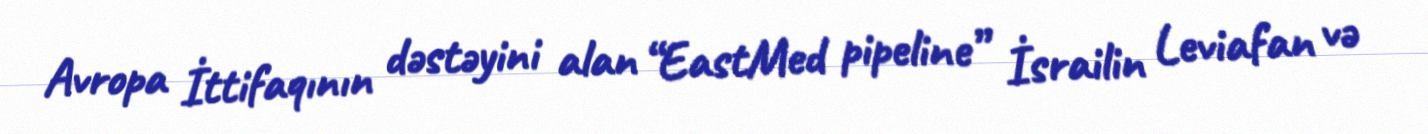
Avropa İttifaqının dəstəyini alan “EastMed pipeline” İsrailin Leviafan və